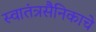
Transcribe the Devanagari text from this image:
स्वातंत्रसैनिकाचे